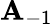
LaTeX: \mathbf{A}_{-1}